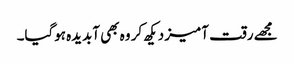
مجھے رقت آمیز دیکھ کر وہ بھی آبدیدہ ہوگیا۔